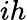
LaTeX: ih